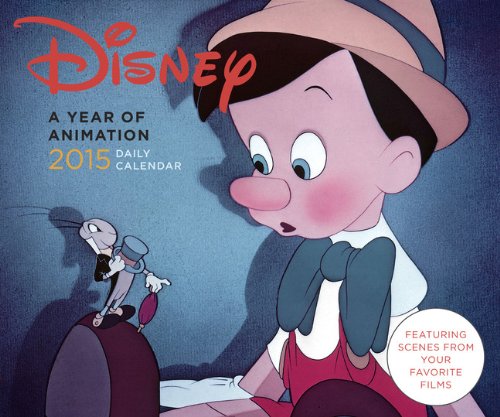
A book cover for Disney 2015 Daily Calendar: A Year of Animation; Disney; Calendars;